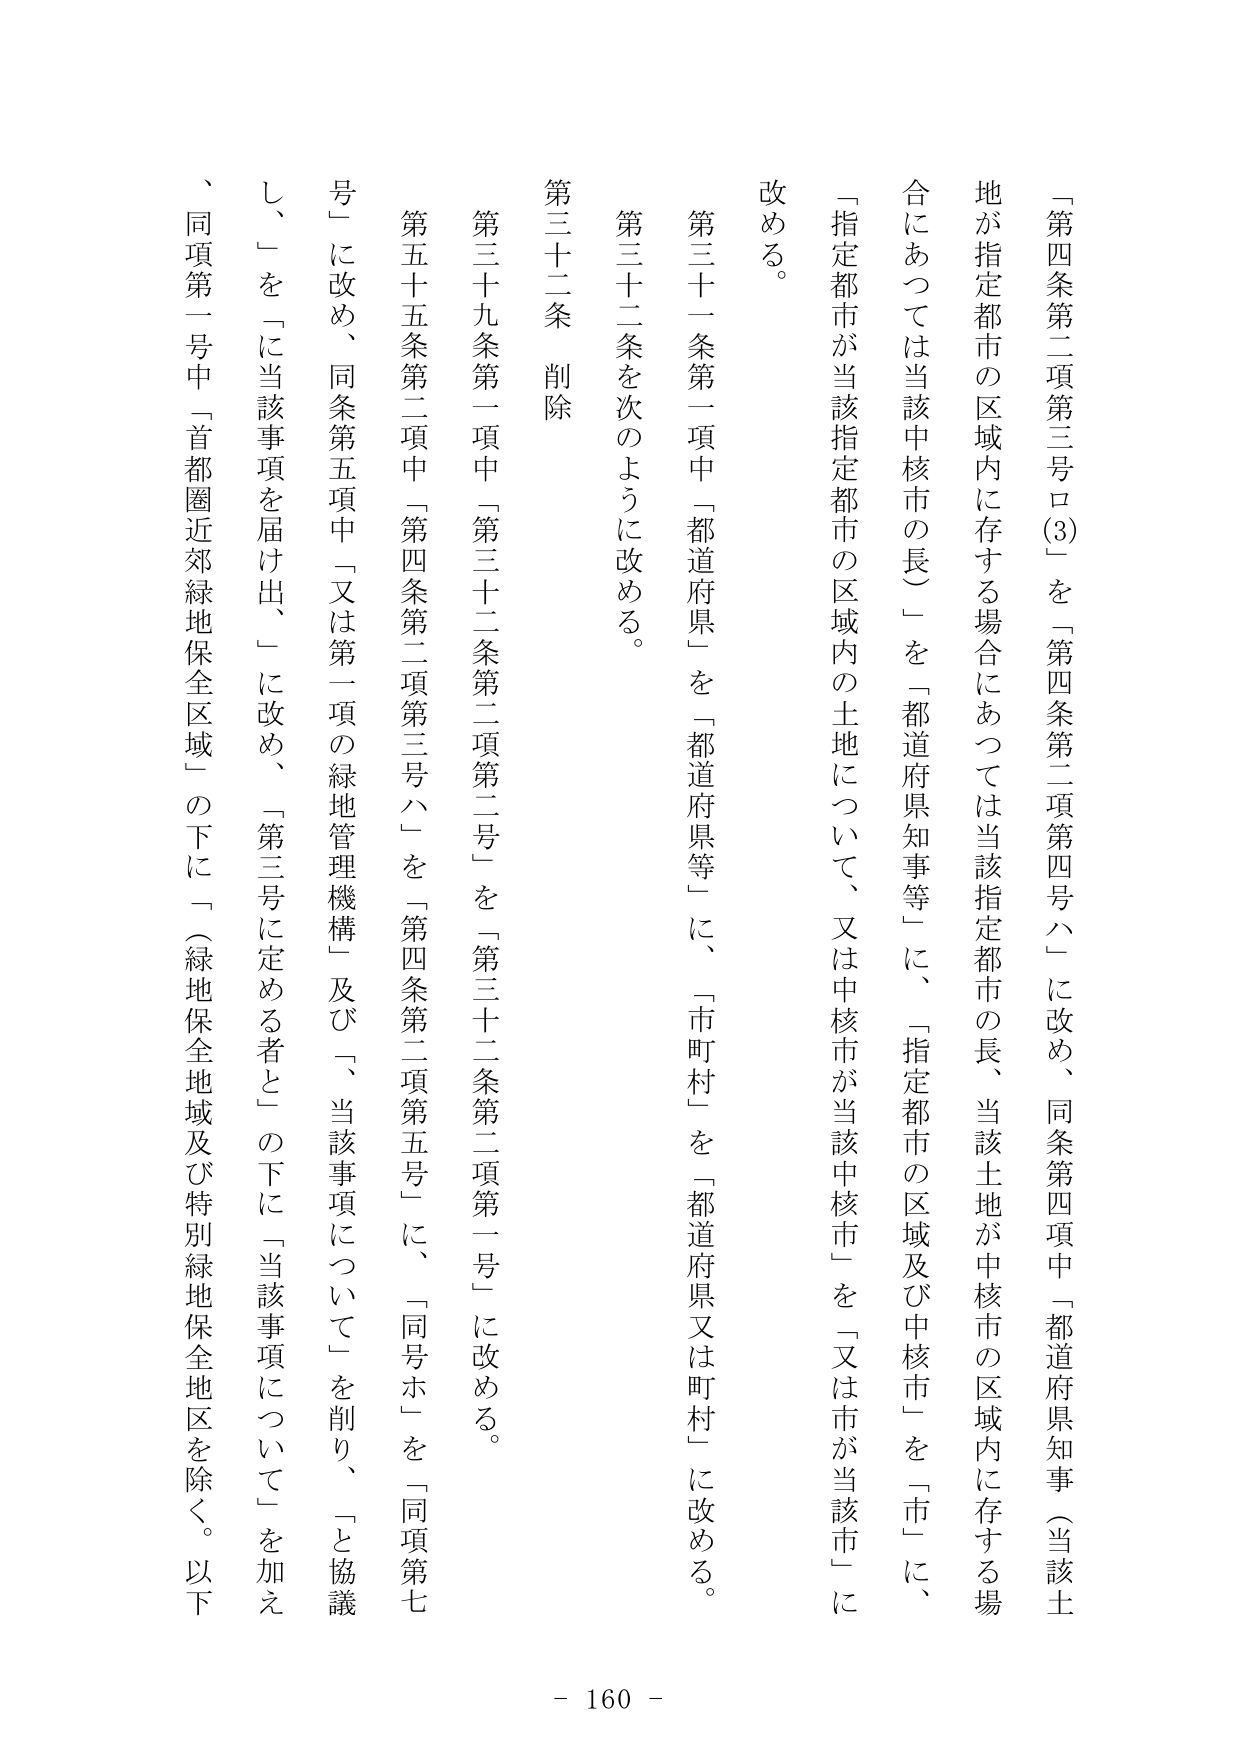
「第四条第二項第三号ロ(3)」を「第四条第二項第四号ハ」に改め、同条第四項中「都道府県知事（当該土地が指定都市の区域内に存する場合にあつては当該指定都市の長、当該土地が中核市の区域内に存する場合にあつては当該中核市の長）」を「都道府県知事等」に、「指定都市の区域及び中核市」を「市」に、「指定都市が当該指定都市の区域内の土地について、又は中核市が当該中核市」を「又は市が当該市」に改める。

第三十一条第一項中「都道府県」を「都道府県等」に、「市町村」を「都道府県又は町村」に改める。

第三十二条を次のように改める。

第三十二条 削除

第三十九条第一項中「第三十二条第二項第二号」を「第三十二条第二項第一号」に改める。

第五十五条第二項中「第四条第二項第三号ハ」を「第四条第二項第五号」に、「同号ホ」を「同項第七号」に改め、同条第五項中「又は第一項の緑地管理機構」及び「、当該事項について」を削り、「と協議し、」を「に当該事項を届け出、」に改め、「第三号に定める者と」の下に「当該事項について」を加え、同項第一号中「首都圏近郊緑地保全区域」の下に「（緑地保全地域及び特別緑地保全地区を除く。以下

- 160 -